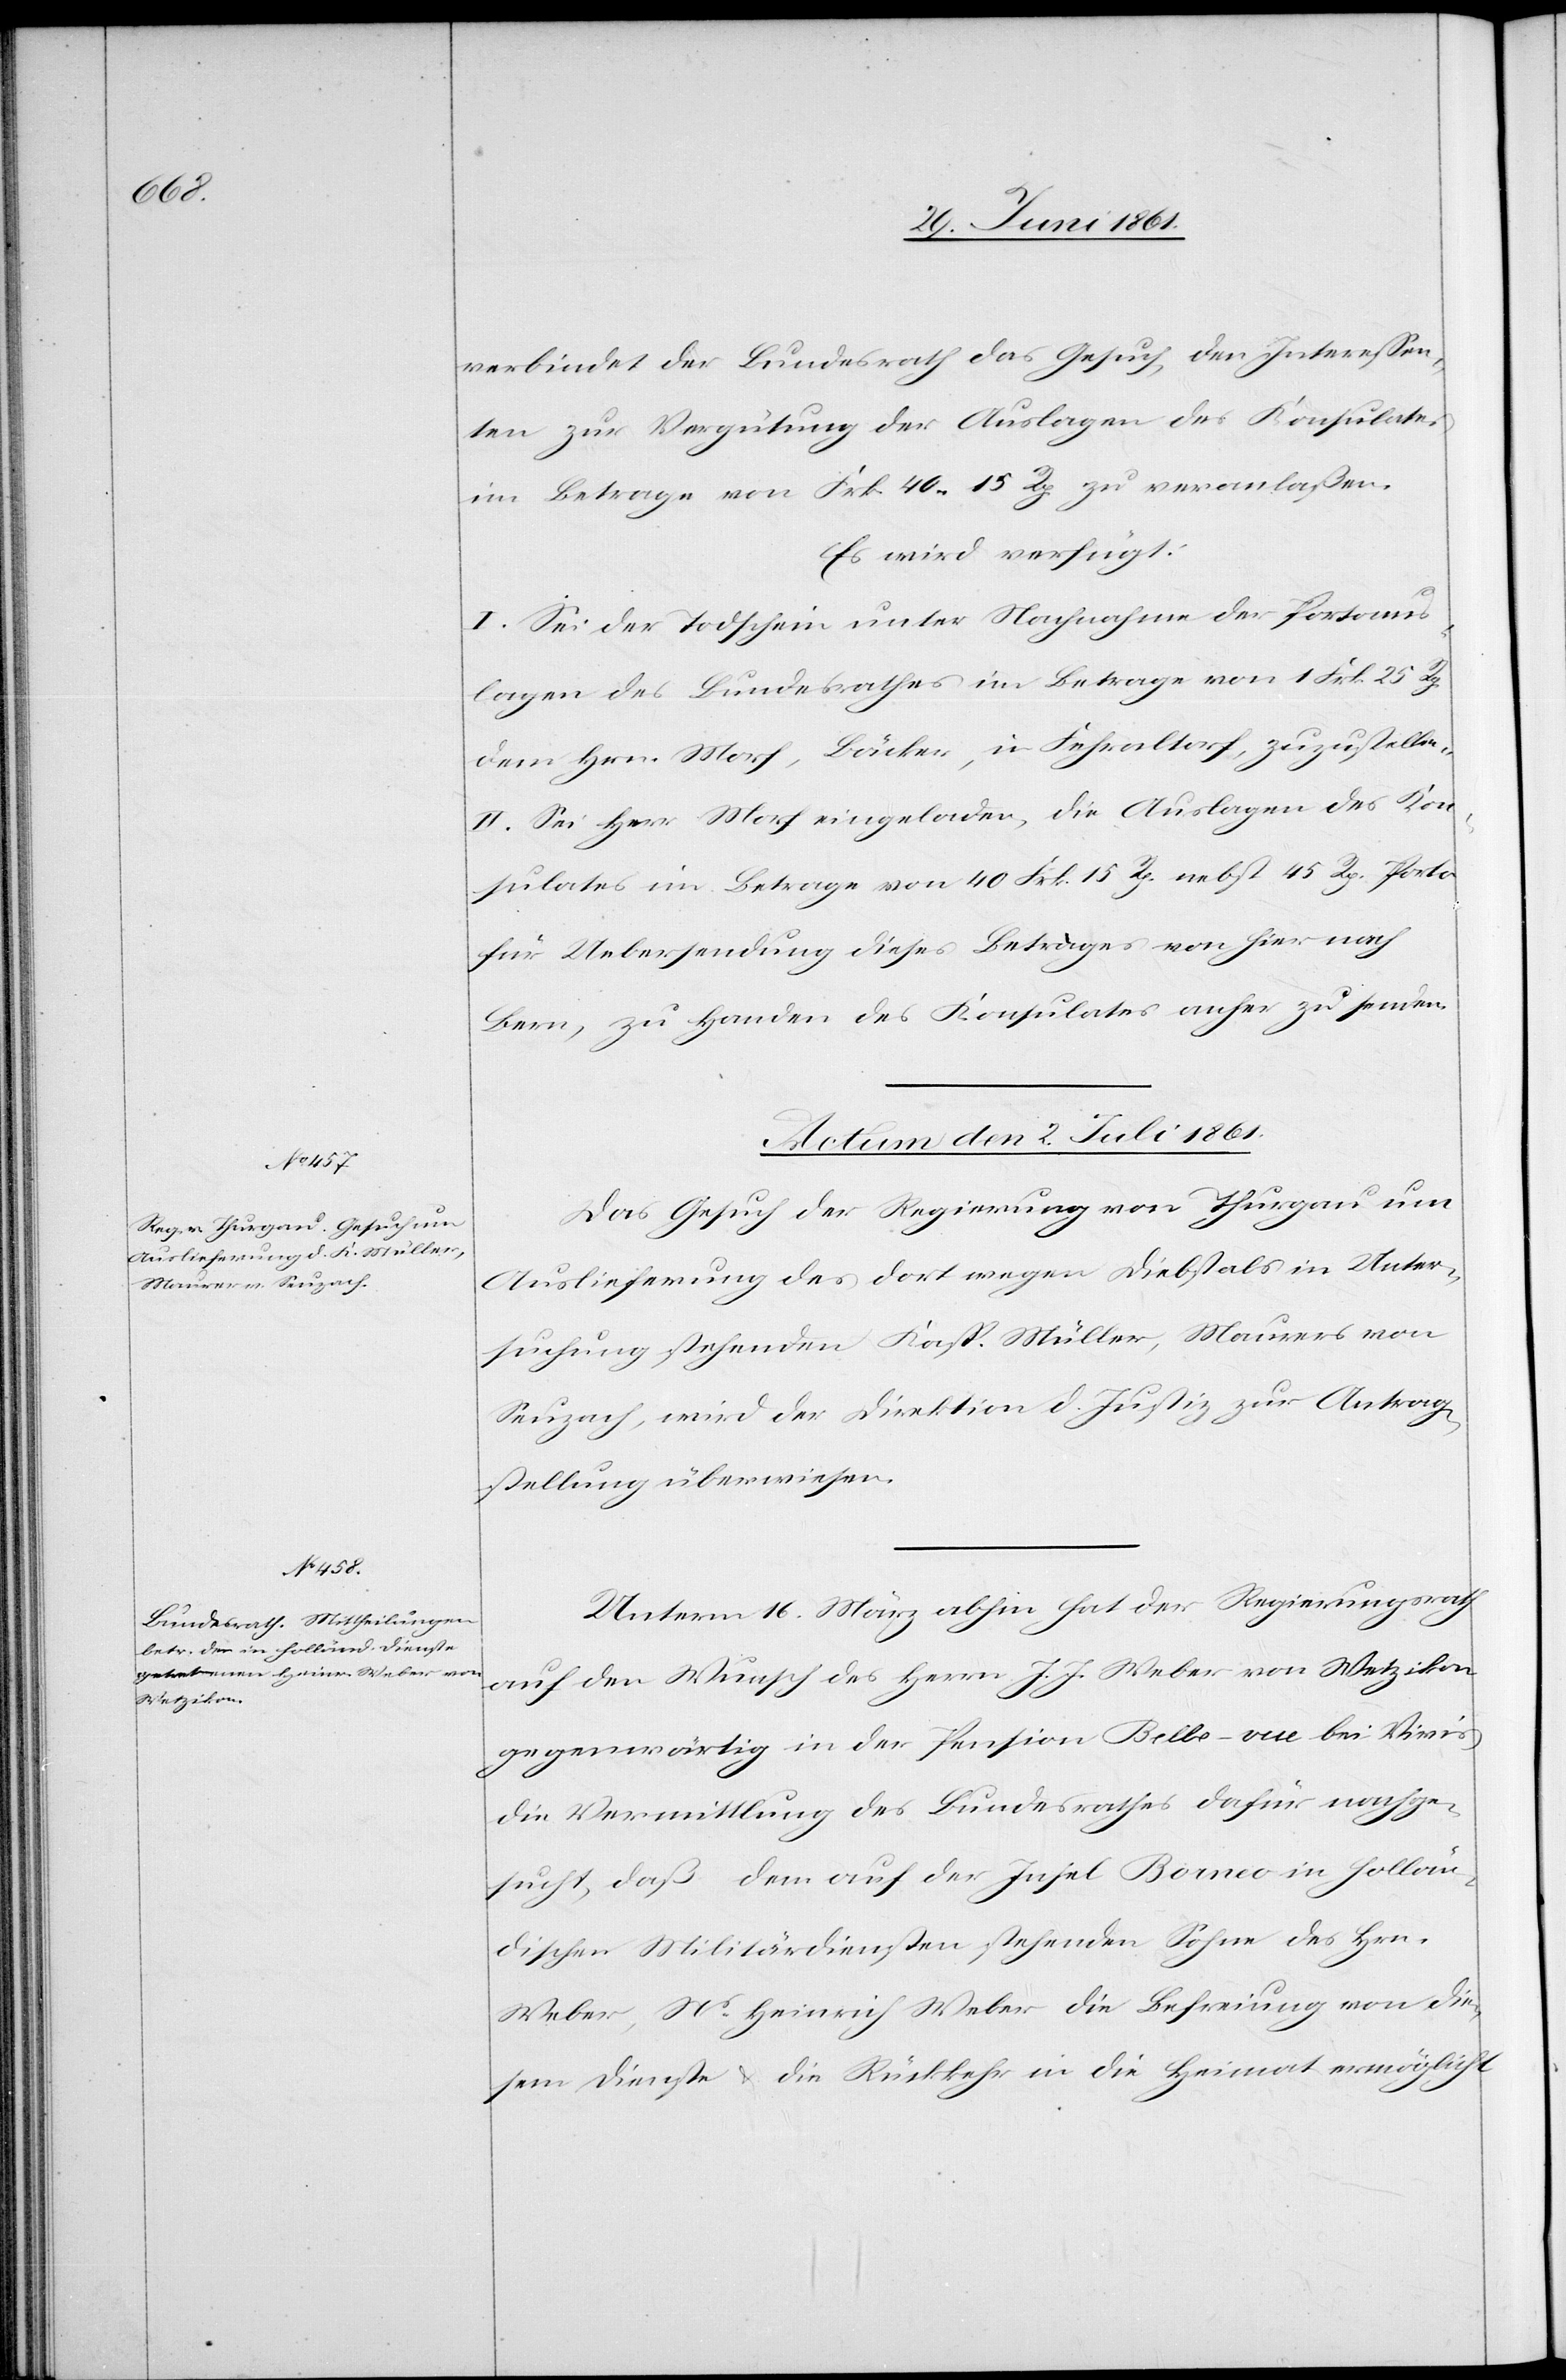
verbindet der Bundesrath das Gesuch, den Interessen¬
ten zur Vergütung der Auslagen des Konsulates
im Betrage von Frk. 40 15 Rp. zu veranlaßen.
Es wird verfügt:
I. Sei der Todschein unter Nachnahme der Portoaus¬
lagen des Bundesrathes im Betrage von 1 Frk. 25 Rp.
dem Hrn. Morf, Bäcker, in Fehraltorf, zuzustellen.
II. Sei Herr Morf eingeladen, die Auslagen des Kon¬
sulates im Betrage von 40 Frk. 15 Rp. nebst 45 Rp. Porto
für Uebersendung dieses Betrages von hier nach
Bern, zu Handen des Konsulates anher zu senden.
Actum den 2. Juli 1861.]
Das Gesuch der Regierung von Thurgau um
Auslieferung des dort wegen Diebstals in Unter¬
suchung stehenden Kasp. Müller, Maurers von
Seuzach, wird der Direktion d. Justiz zur Antrag¬
stellung überwiesen.
Unterm 16. März abhin hat der Regierungsrath
auf den Wunsch des Herrn J. J. Weber von Wetzikon
gegenwärtig in der Pension Belle-vue bei Vivis
die Vermittlung des Bundesrathes dafür nachge¬
sucht, daß dem auf der Insel Borneo in hollän¬
dischen Militärdiensten stehenden Sohne des Hrn.
Weber, Ns. Heinrich Weber die Befreiung von die¬
sem Dienste u. die Rückkehr in die Heimat ermöglicht